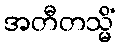
အတီတသ္မိံ